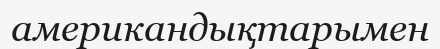
американдықтарымен